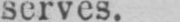
serves.